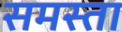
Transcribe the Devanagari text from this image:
समस्ता